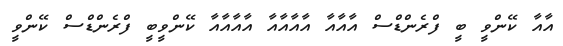
އާއާ ކޭންވީ ބީ ފްރެންޑްްސް އާއާއާ އާއާއާއާ އާއާއާއާ ކޭންވީބީ ފްރެންޑްސް ކޭންވީ